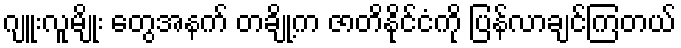
ဂျူးလူမျိုး တွေအနက် တချို့က ဇာတိနိုင်ငံကို ပြန်လာချင်ကြတယ်